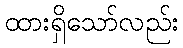
ထားရှိသော်လည်း